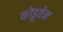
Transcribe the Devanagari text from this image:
कोडूतेन